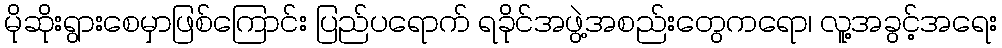
မိုဆိုးရွားစေမှာဖြစ်ကြောင်း ပြည်ပရောက် ရခိုင်အဖွဲ့အစည်းတွေကရော၊ လူ့အခွင့်အရေး